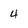
Character: 4